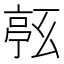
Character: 𠅹